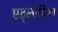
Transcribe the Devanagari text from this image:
एट्लांटियन